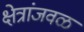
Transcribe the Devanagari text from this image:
क्षेत्रांजवळ